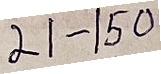
21 - 150